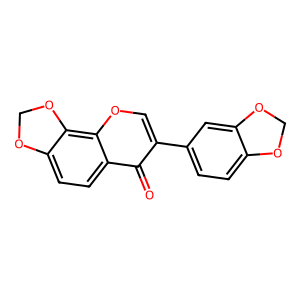
SMILES: O=c1c(-c2ccc3c(c2)OCO3)coc2c3c(ccc12)OCO3
Inhibits HIV replication: No